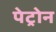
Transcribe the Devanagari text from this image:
पेट्रोन